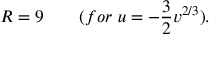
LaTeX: R = 9 \qquad ( f o r \ u = - \frac { 3 } { 2 } v ^ { 2 / 3 } ) .